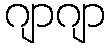
ဂျာဂျာ